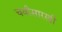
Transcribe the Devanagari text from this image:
चवीसारखी